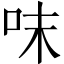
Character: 𠰌